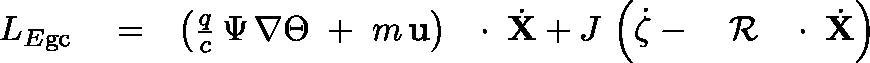
\begin{array} { r l r } { L _ { E \mathrm { g c } } } & { { } = } & { \left( \frac { q } { c } \, \Psi \, \nabla \Theta \; + \; m \, { \bf u } \right) \, \mathrm { ~ \boldmath ~ \cdot ~ } \, \dot { \bf X } + J \, \left( \dot { \zeta } - \mathrm { ~ \boldmath ~ \cal ~ R ~ } \, \mathrm { ~ \boldmath ~ \cdot ~ } \, \dot { \bf X } \right) } \end{array}